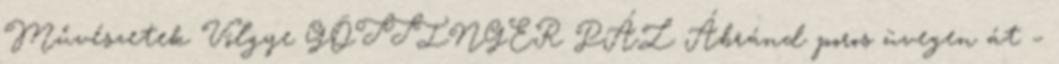
Művészetek Völgye GÖTTINGER PÁL Ábránd poros üvegen át –